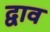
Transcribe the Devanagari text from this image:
द्वाव